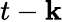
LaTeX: t-\mathbf{k}